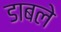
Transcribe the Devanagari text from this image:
डाबले